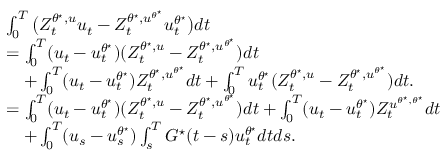
\begin{array} { r l } & { \int _ { 0 } ^ { T } \big ( Z _ { t } ^ { \theta ^ { \star } , u } u _ { t } - Z _ { t } ^ { \theta ^ { \star } , u ^ { \theta ^ { \star } } } u _ { t } ^ { \theta ^ { \star } } \big ) d t } \\ & { = \int _ { 0 } ^ { T } ( u _ { t } - u _ { t } ^ { \theta ^ { \star } } ) ( Z _ { t } ^ { \theta ^ { \star } , u } - Z _ { t } ^ { \theta ^ { \star } , u ^ { \theta ^ { \star } } } ) d t } \\ & { \quad + \int _ { 0 } ^ { T } ( u _ { t } - u _ { t } ^ { \theta ^ { \star } } ) Z _ { t } ^ { \theta ^ { \star } , u ^ { \theta ^ { \star } } } d t + \int _ { 0 } ^ { T } u _ { t } ^ { \theta ^ { \star } } ( Z _ { t } ^ { \theta ^ { \star } , u } - Z _ { t } ^ { \theta ^ { \star } , u ^ { \theta ^ { \star } } } ) d t . } \\ & { = \int _ { 0 } ^ { T } ( u _ { t } - u _ { t } ^ { \theta ^ { \star } } ) ( Z _ { t } ^ { \theta ^ { \star } , u } - Z _ { t } ^ { { \theta ^ { \star } , u ^ { \theta ^ { \star } } } } ) d t + \int _ { 0 } ^ { T } ( u _ { t } - u _ { t } ^ { \theta ^ { \star } } ) Z _ { t } ^ { { u ^ { \theta ^ { \star } , \theta ^ { \star } } } } d t } \\ & { \quad + \int _ { 0 } ^ { T } ( u _ { s } - u _ { s } ^ { \theta ^ { \star } } ) \int _ { s } ^ { T } G ^ { \star } ( t - s ) u _ { t } ^ { \theta ^ { \star } } d t d s . } \end{array}